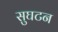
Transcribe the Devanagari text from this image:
सुघटन